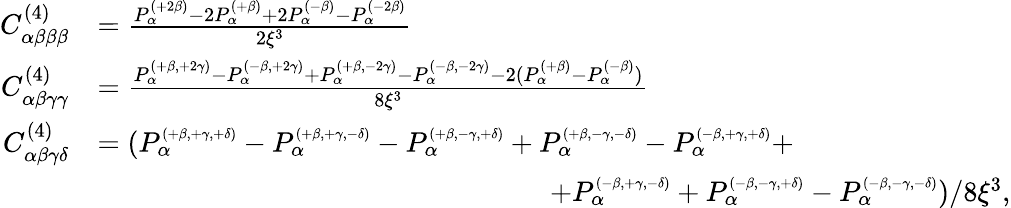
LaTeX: \begin{array}{rl}{C_{\alpha\beta\beta\beta}^{(4)}}&{=\frac{P_{\alpha}^{\scriptscriptstyle{(+2\beta)}}-2P_{\alpha}^{\scriptscriptstyle{(+\beta)}}+2P_{\alpha}^{\scriptscriptstyle{(-\beta)}}-P_{\alpha}^{\scriptscriptstyle{(-2\beta)}}}{2\xi^{3}}}\\ {C_{\alpha\beta\gamma\gamma}^{(4)}}&{=\frac{P_{\alpha}^{\scriptscriptstyle{(+\beta,+2\gamma)}}-P_{\alpha}^{\scriptscriptstyle{(-\beta,+2\gamma)}}+P_{\alpha}^{\scriptscriptstyle{(+\beta,-2\gamma)}}-P_{\alpha}^{\scriptscriptstyle{(-\beta,-2\gamma)}}-2(P_{\alpha}^{\scriptscriptstyle{(+\beta)}}-P_{\alpha}^{\scriptscriptstyle{(-\beta)}})}{8\xi^{3}}}\\ {C_{\alpha\beta\gamma\delta}^{(4)}}&{=(P_{\alpha}^{\scriptscriptstyle{(+\beta,+\gamma,+\delta)}}-P_{\alpha}^{\scriptscriptstyle{(+\beta,+\gamma,-\delta)}}-P_{\alpha}^{\scriptscriptstyle{(+\beta,-\gamma,+\delta)}}+P_{\alpha}^{\scriptscriptstyle{(+\beta,-\gamma,-\delta)}}-P_{\alpha}^{\scriptscriptstyle{(-\beta,+\gamma,+\delta)}}+}\\ &{\qquad\qquad\qquad\qquad\qquad\qquad\qquad\qquad+P_{\alpha}^{\scriptscriptstyle{(-\beta,+\gamma,-\delta)}}+P_{\alpha}^{\scriptscriptstyle{(-\beta,-\gamma,+\delta)}}-P_{\alpha}^{\scriptscriptstyle{(-\beta,-\gamma,-\delta)}})/8\xi^{3},}\end{array}